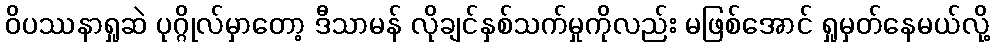
ဝိပဿနာရှုဆဲ ပုဂ္ဂိုလ်မှာတော့ ဒီသာမန် လိုချင်နှစ်သက်မှုကိုလည်း မဖြစ်အောင် ရှုမှတ်နေမယ်လို့